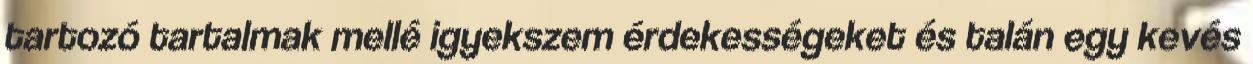
tartozó tartalmak mellé igyekszem érdekességeket és talán egy kevés